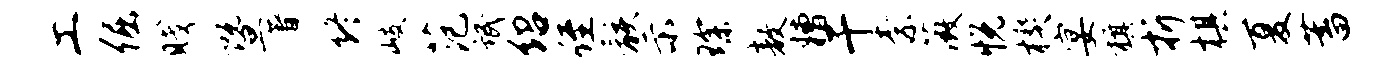
工倔贱暨著终岐范氓绍侄骸示琛敖糟干柰薇悦楔宴旗折棋夏蓄